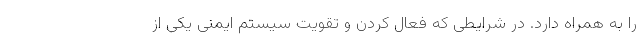
را به همراه دارد. در شرایطی که فعال کردن و تقویت سیستم ایمنی یکی از